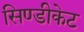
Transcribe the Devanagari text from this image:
सिण्डीकेट